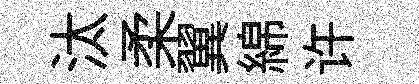
汰柔翼綿许